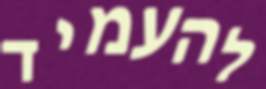
להעמיד